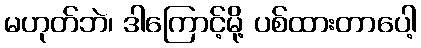
မဟုတ်ဘဲ၊ ဒါကြောင့်မို့ ပစ်ထားတာပေါ့